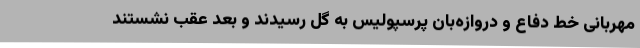
مهربانی خط دفاع و دروازه‌بان پرسپولیس به گل رسیدند و بعد عقب نشستند